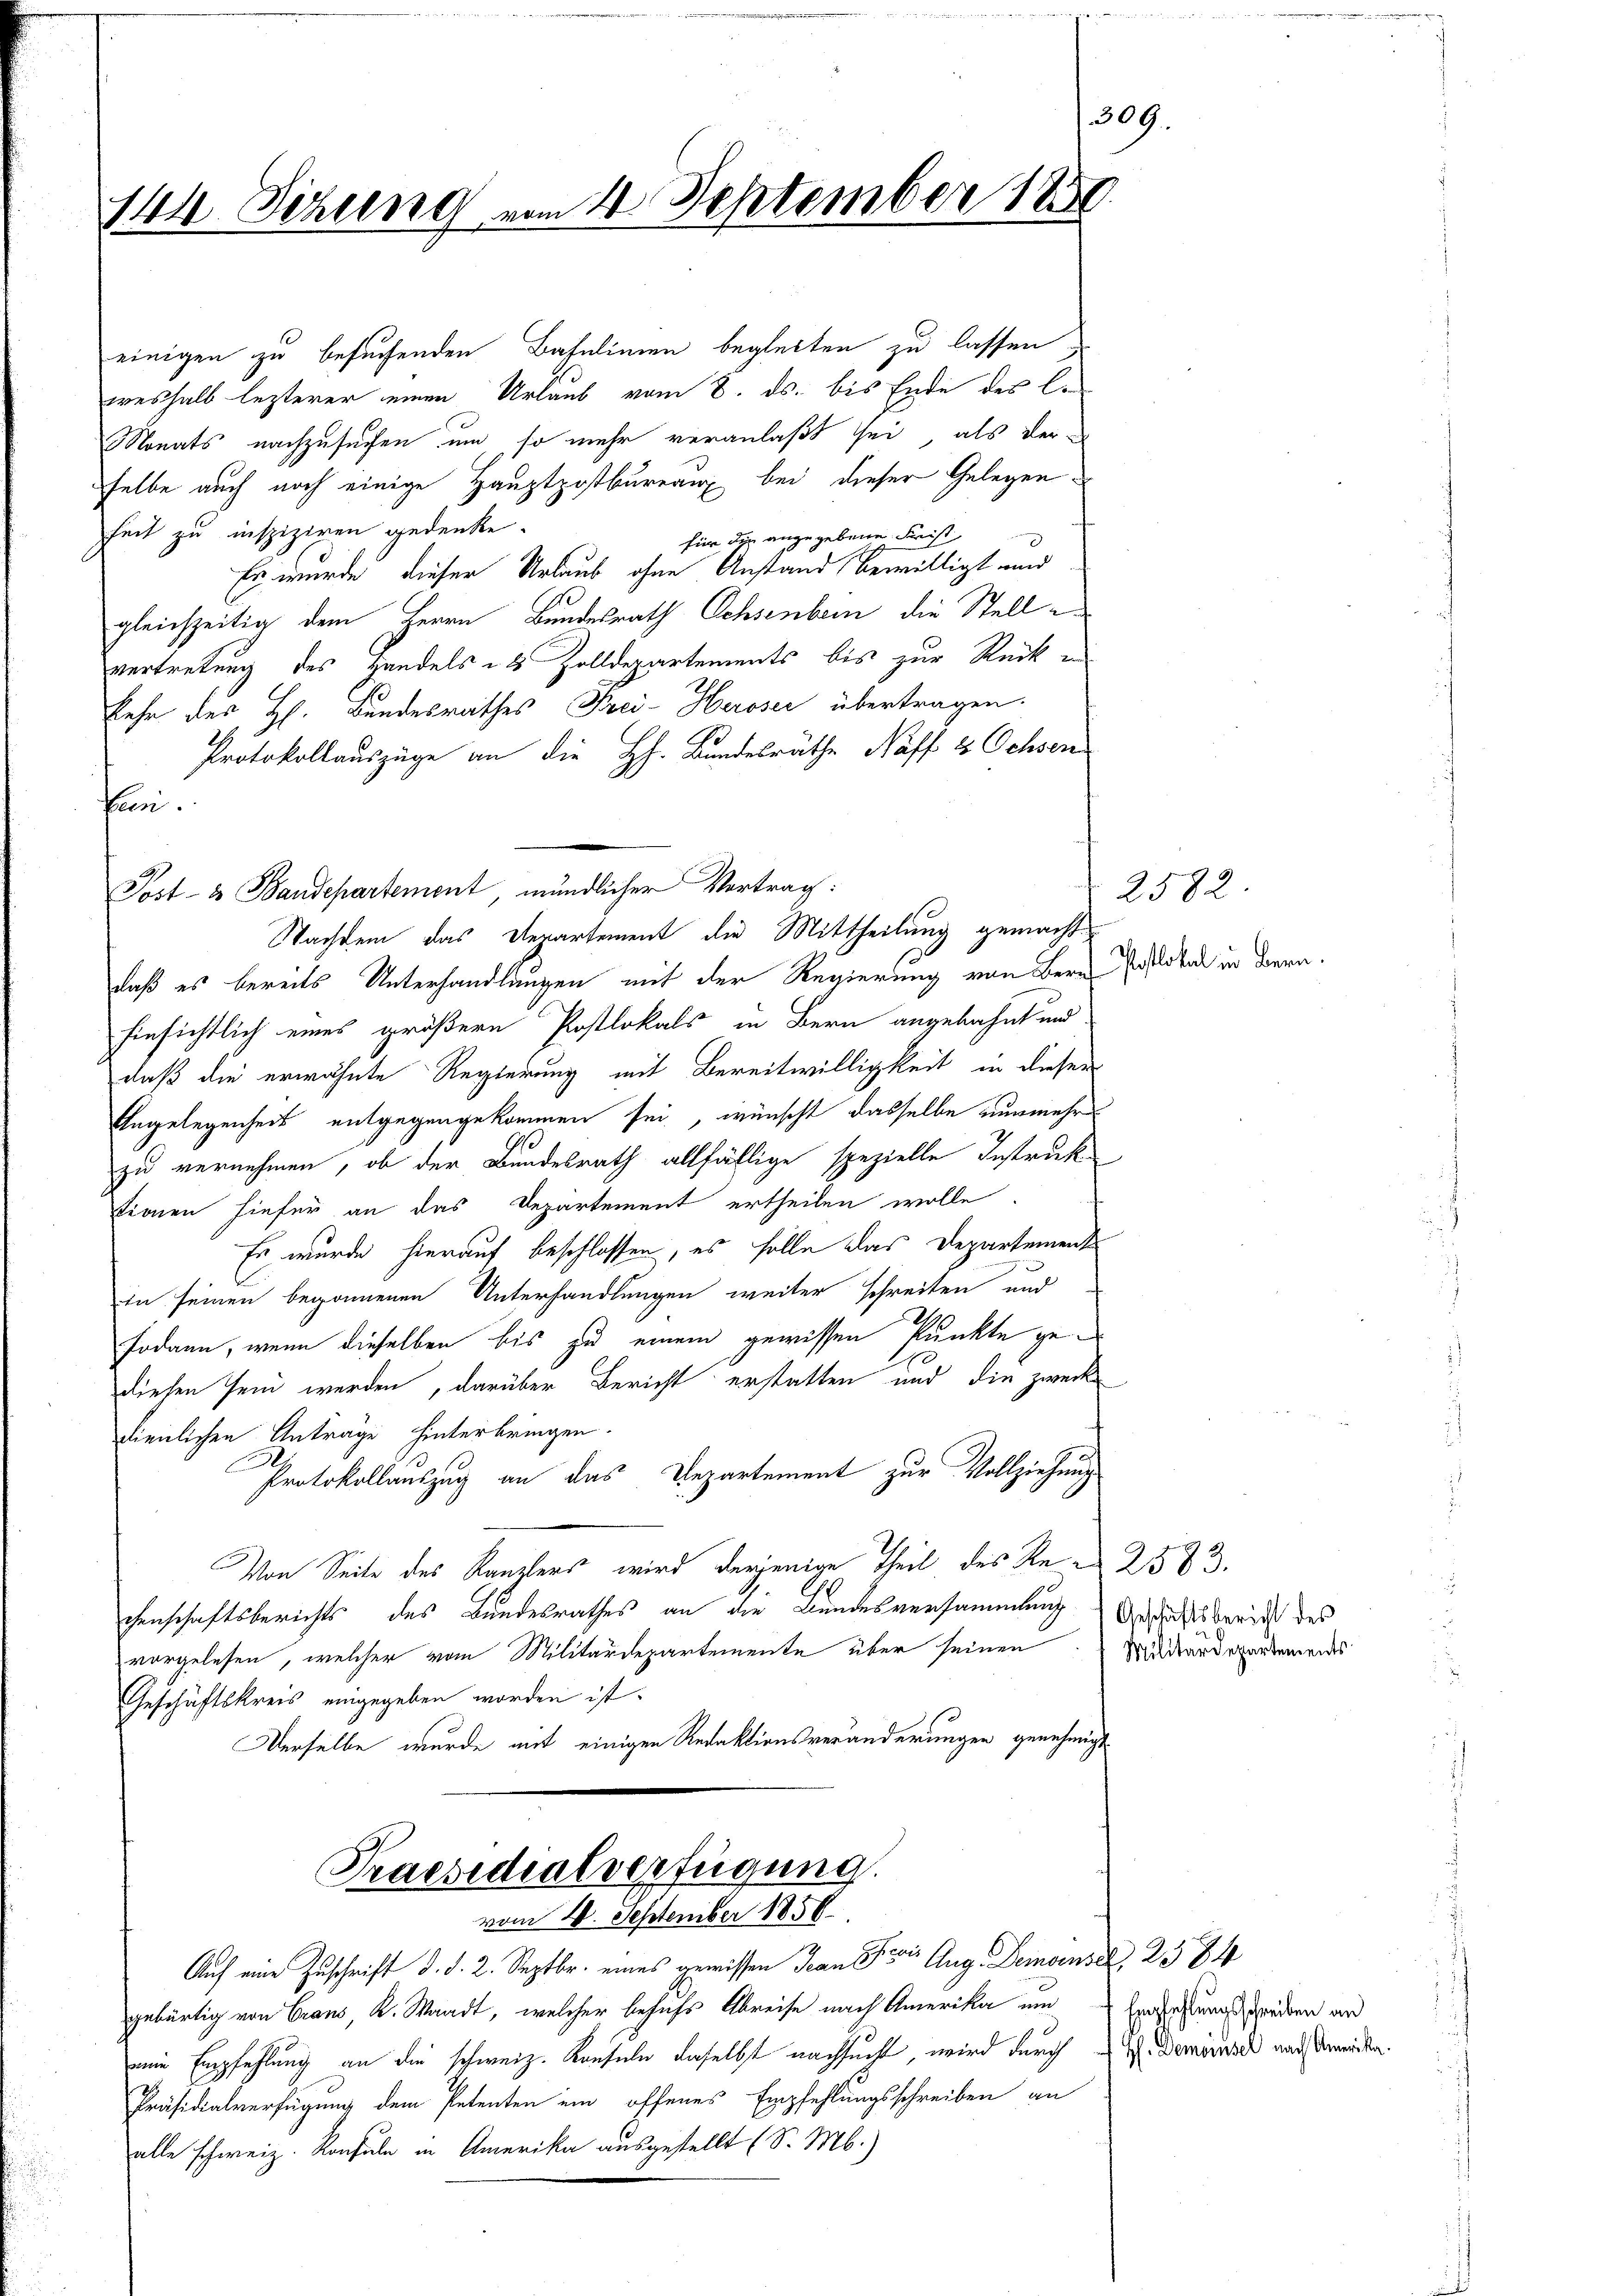
144. Setzung vom 4. September 1850.

einigen zu besuchenden Bahnlinien begleiten zu lassen,
weshalb lezterer einen Urlaub vom 8. ds. bis Ende des le
Monats nachzusuchen um so mehr veranlaßt sei, als der
selbe auch noch einige Hauptpostbureaux bei dieser Gelegenheit zu inspiziren gedenke.
für die angegebene Freist,
Es wurde dieser Urlaub ohne Anstand bewilligt und
1
gleichzeitig dem Herrn Bundesrath Ochsenbern die Stelle
vertretung des Handels   2 Zolldepartements bis zur Rück in
kehr des H. Bundesrathes Frei-Herosei übertragen.
Protokollauszüge an die H. Bundesräthe Naff 2 Ochsen
Cern.
Post- & Baudepartement, mündlicher Vortrag:
Wachtem das Verartement die Mittheilung gemacht.
daß es bereits Unterhandlungen mit der Regierung von Bern Palda in dern.
hinsichtlich eines größere Postlokals in Bern angebahnt und
daß die erwähnte Regierung mit Bereitwilligkeit in dieser
Angelegenheit entgegengekommen sei, wünscht dasselbe nunmehr
zu vernehmen, ob der Bundesrath allfällige spezielle Instruktionen hiefür an das Departement ertheilen wolle
Es wurde hierauf beschlossen, es solle das Departement
tn seinen begonnenen Unterhandlungen weiter schreiten und
Fodann, wenn dieselben bis zu einem gewissen Punkte gediesen sein werden, darüber Bericht erstatten und die zweckdienlichen Anträge hinterbringen.
Protokollauszug an das Departement zur Vollziehung
Von Seite des Kanzlers wird derjenige Theil des Re- 2583.
chenschaftsberichts des Bundesrathes an die Bundesversammlung Gerichtsbericht des
vorgelesen, welcher vom Militärdepartemente über seinen Militardepartemendes
Geschäftskreis eingegeben worden ist.
Derselbe, wurde mit einigen Redaktionsveränderungen genehmigt
Praesidialverfügung.
vom 20. September 1858.
Auf eine Zuschrift d. d. 2. Septbr. eines gewissen Jean Pfers Aug. Deinensaz, 2384
gebürtig von Crans, K. Waadt, welcher besuchs Abreise nach Amerika um
eine Empfehlung an die schweiz. Konsuln daselbst nachsucht, wird durch G. Demisch nach Anwesen.
Präsidialverfügung dem Petenten ein offenes Empfehlungsschreiben an
alle schweiz. Konsuln in Amerika ausgestellt (S. M.)

309

2582.

Empfehlungsschreiben an